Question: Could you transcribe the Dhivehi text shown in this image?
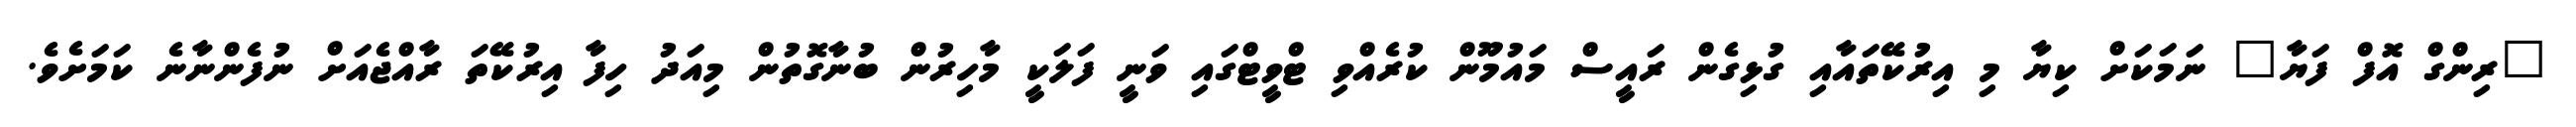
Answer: "ރިންގް އޮފް ފަޔާ" ނަމަކަށް ކިޔާ މި އިރުކޭތައާއި ގުޅިގެން ރައީސް މައުމޫން ކުރެއްވި ޓްވީޓްގައި ވަނީ ފަލަކީ މާހިރުން ބުނާގޮތުން މިއަދު ހިފާ އިރުކޭތަ ރާއްޖެއަށް ނުފެންނާނެ ކަމަށެވެ.